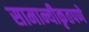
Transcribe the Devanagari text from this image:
सामान्यीकृतपणे